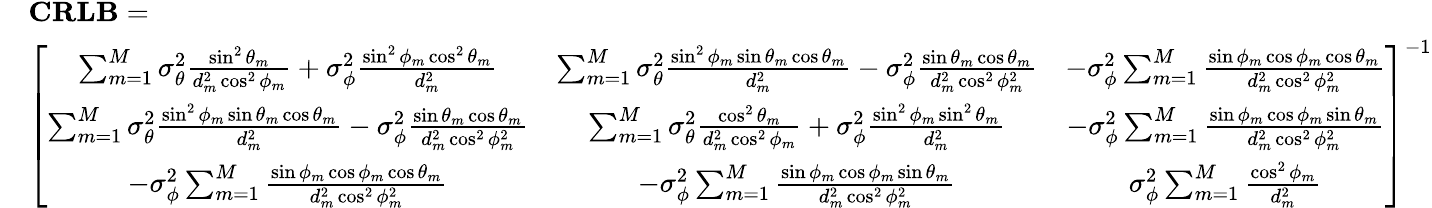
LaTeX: \begin{array}{rl}&{\mathbf{CRLB}=}\\ &{\left[\begin{array}{ccc}{\sum_{m=1}^{M}{\sigma_{\theta}^{2}\frac{\sin^{2}\theta_{m}}{d_{m}^{2}\cos^{2}\phi_{m}}}+\sigma_{\phi}^{2}\frac{\sin^{2}\phi_{m}\cos^{2}\theta_{m}}{d_{m}^{2}}}&{\sum_{m=1}^{M}{\sigma_{\theta}^{2}\frac{\sin^{2}\phi_{m}\sin\theta_{m}\cos\theta_{m}}{d_{m}^{2}}-\sigma_{\phi}^{2}\frac{\sin\theta_{m}\cos\theta_{m}}{d_{m}^{2}\cos^{2}\phi_{m}^{2}}}}&{-\sigma_{\phi}^{2}\sum_{m=1}^{M}{\frac{\sin\phi_{m}\cos\phi_{m}\cos\theta_{m}}{d_{m}^{2}\cos^{2}\phi_{m}^{2}}}}\\ {\sum_{m=1}^{M}{\sigma_{\theta}^{2}\frac{\sin^{2}\phi_{m}\sin\theta_{m}\cos\theta_{m}}{d_{m}^{2}}-\sigma_{\phi}^{2}\frac{\sin\theta_{m}\cos\theta_{m}}{d_{m}^{2}\cos^{2}\phi_{m}^{2}}}}&{\sum_{m=1}^{M}{\sigma_{\theta}^{2}\frac{\cos^{2}\theta_{m}}{d_{m}^{2}\cos^{2}\phi_{m}}+\sigma_{\phi}^{2}\frac{\sin^{2}\phi_{m}\sin^{2}\theta_{m}}{d_{m}^{2}}}}&{-\sigma_{\phi}^{2}\sum_{m=1}^{M}{\frac{\sin\phi_{m}\cos\phi_{m}\sin\theta_{m}}{d_{m}^{2}\cos^{2}\phi_{m}^{2}}}}\\ {-\sigma_{\phi}^{2}\sum_{m=1}^{M}{\frac{\sin\phi_{m}\cos\phi_{m}\cos\theta_{m}}{d_{m}^{2}\cos^{2}\phi_{m}^{2}}}}&{-\sigma_{\phi}^{2}\sum_{m=1}^{M}{\frac{\sin\phi_{m}\cos\phi_{m}\sin\theta_{m}}{d_{m}^{2}\cos^{2}\phi_{m}^{2}}}}&{\sigma_{\phi}^{2}\sum_{m=1}^{M}{\frac{\cos^{2}\phi_{m}}{d_{m}^{2}}}}\end{array}\right]^{-1}}\end{array}